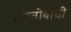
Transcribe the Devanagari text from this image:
म्हातोबाची